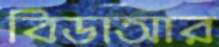
বিডাআর